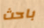
باحث